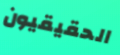
الحقيقيون